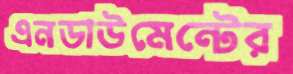
এনডাউমেন্টের